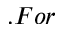
. F o r